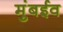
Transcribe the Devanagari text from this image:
मुंबईव